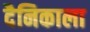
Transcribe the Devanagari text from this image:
दैनिकाला